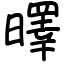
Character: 曎